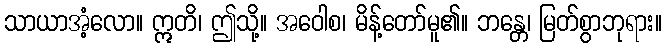
သာယာအံ့လော။ ဣတိ၊ ဤသို့။ အဝေါစ၊ မိန့်တော်မူ၏။ ဘန္တေ၊ မြတ်စွာဘုရား။